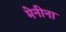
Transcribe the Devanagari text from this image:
मेनीना